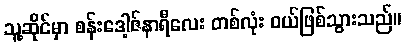
သူ့ဆိုင်မှာ စန်းဒေါ့ဇ်နာရီလေး တစ်လုံး ဝယ်ဖြစ်သွားသည်။